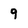
Character: 9